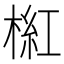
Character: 𣖘